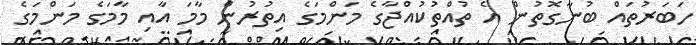
ހަބަރުތައް ބުނާގޮތުން އެ ތުއްތުކުއްޖާގެ މަންމަގެ އިތުރުން މާމަ އާއި މާމަގެ މަންމަގެ